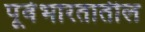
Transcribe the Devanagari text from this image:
पूर्वभारतातील